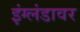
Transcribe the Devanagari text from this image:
इंग्लंडावर